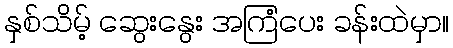
နှစ်သိမ့် ဆွေးနွေး အကြံပေး ခန်းထဲမှာ။